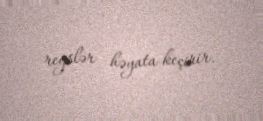
reyslər həyata keçirir.